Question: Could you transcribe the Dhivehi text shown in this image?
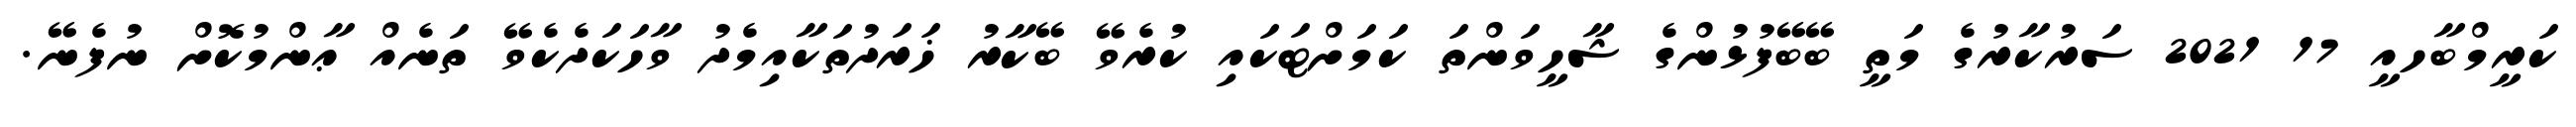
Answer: ކަރީމްބާހއީ 17 2021 ސަރުކާރުގެ މަތީ ބޭބޭފުޅުންގެ ޝާހީވަންތަ ކަމަށްޓަކައި ކުރެވޭ ބޭކާރު ޚަރަދުތަކާއިމެދު ވާހަކަދެކެވޭ ތަނެއް ޢާންމުކޮށް ނުފެނޭ.